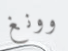
وونغ